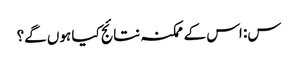
س: اس کے ممکنہ نتائج کیا ہوں گے؟